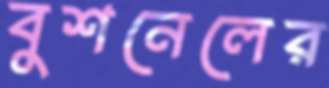
বুশনেলের